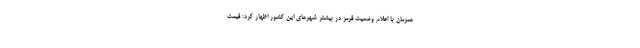
همزمان با اعلام وضعیت قرمز در بیشتر شهرهای این کشور اظهار کرد: قیمت